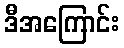
ဒီအကြောင်း